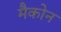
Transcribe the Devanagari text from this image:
मैकोन